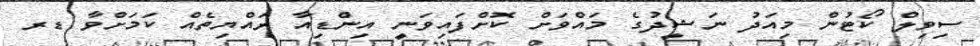
ސިވިލް ކޯޓުން މިއަދު ނަޝީދުގެ މައްވަށް ކޮށްފައިވަނީ އިންޑިއާ ރައްޔިތެއް ކަމަށްވާ ޑރ